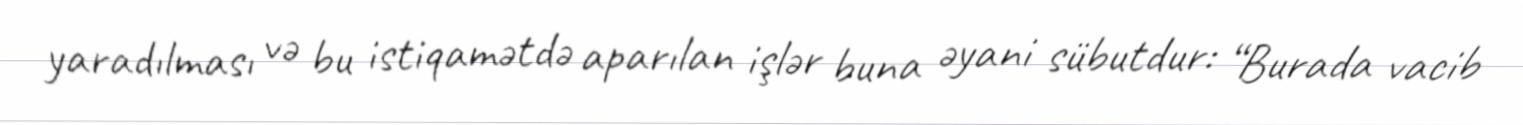
yaradılması və bu istiqamətdə aparılan işlər buna əyani sübutdur: “Burada vacib